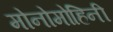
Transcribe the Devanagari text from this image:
मोनोमोहिनी